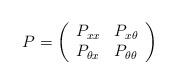
LaTeX: \begin{align*}P=\left(\begin{array}{ll}P_{xx} & P_{x \theta} \\P_{\theta x} & P_{\theta \theta} \end{array}\right)\end{align*}